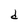
Character: d